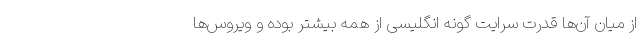
از میان آن‌ها قدرت سرایت گونه انگلیسی از همه بیشتر بوده و ویروس‌ها